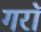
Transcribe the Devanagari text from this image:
गराॅ